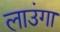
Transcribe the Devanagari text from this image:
लाउंगा